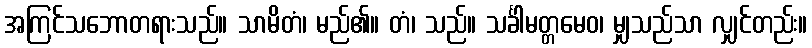
အကြင်သဘောတရားသည်။ သာမိတံ၊ မည်၏။ တံ၊ သည်။ သင်္ခါမတ္တမေဝ၊ မျှသည်သာ လျှင်တည်း။